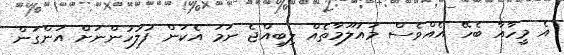
އެ މީހާއާ ބެހޭ އެއްވެސް މައުލޫމާތެއް ލިބިއްޖެ ނަމަ އެކަން ފުލުހުންނަށް އަންގަން